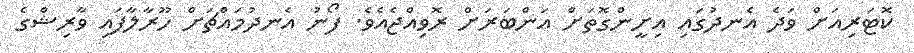
ކޮޓަރިއަށް ވަދެ އެނދުގައި އިށީންގޮތަށް އަންބަރަށް ރޮވިއްޖެއެވެ. ފޯނު އެނދުމައްޗަށް ހޫރާލާފައި ވާރިޝްގެ